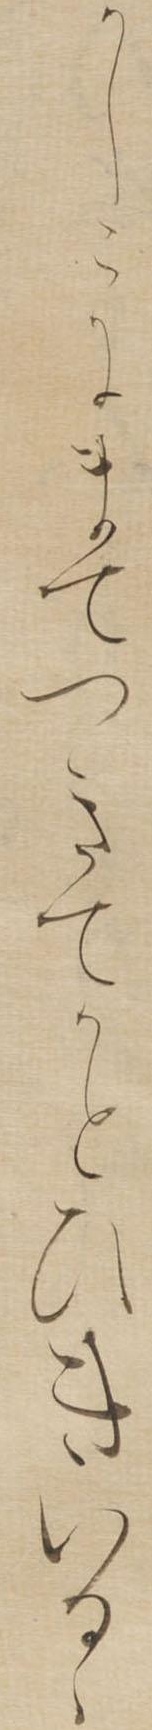
かしこにまてつきてかとひきいるゝ